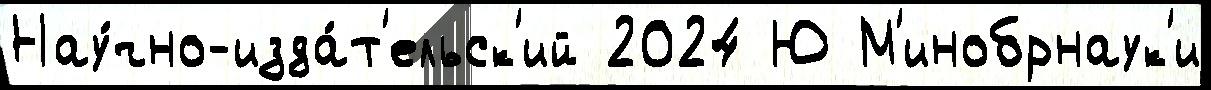
Нау́чно-изда́т'ельск'ий 2024 Ю М'инобрнаук'и